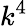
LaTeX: k^{4}